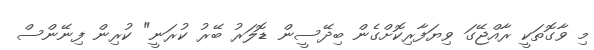
މި ވާގޮތަކީ ރާއްޖޭގަ ވިޔަފާރިކޮށްގެން ބިދޭސީން ޑޮލަރު ބޭރު ކުރަނީ" ކުރިން ފިނޭންސް